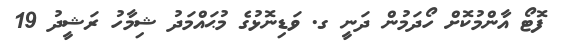
ފޮޓޯ އާންމުކޮށް ހޯދަމުން ދަނީ ގ. ވަޑިނޮޅުގެ މުޙައްމަދު ޝިމާހު ރަޝީދު 19